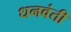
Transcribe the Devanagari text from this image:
धनवंती